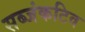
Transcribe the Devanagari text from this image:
सब्जंकटिव